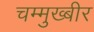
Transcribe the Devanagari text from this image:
चम्मुख्बीर